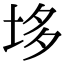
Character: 垑